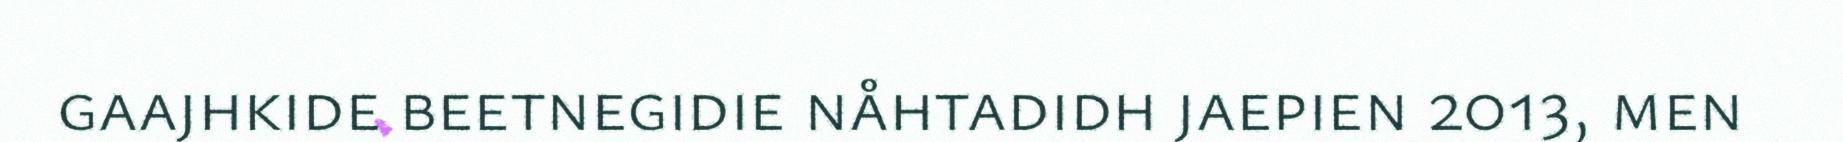
gaajhkide beetnegidie nåhtadidh jaepien 2013, men